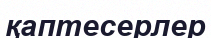
қаптесерлер